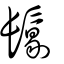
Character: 𩮜